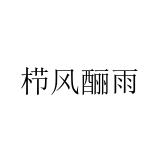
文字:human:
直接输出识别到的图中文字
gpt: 栉风酾雨